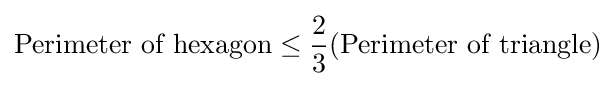
{\text{Perimeter of hexagon}}\leq {\frac {2}{3}}({\text{Perimeter of triangle}})